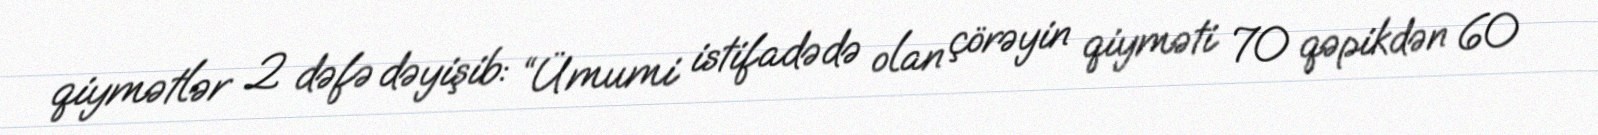
qiymətlər 2 dəfə dəyişib: “Ümumi istifadədə olan çörəyin qiyməti 70 qəpikdən 60